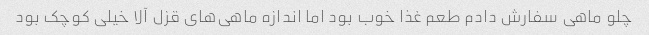
چلو ماهی سفارش دادم طعم غذا خوب بود اما اندازه ماهی‌های قزل آلا خیلی کوچک بود